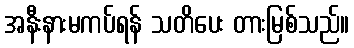
အနီးနားမကပ်ရန် သတိပေး တားမြစ်သည်။